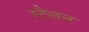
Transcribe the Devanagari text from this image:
स्टैलन